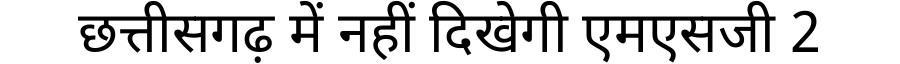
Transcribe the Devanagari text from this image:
छत्तीसगढ़ में नहीं दिखेगी एमएसजी 2